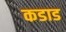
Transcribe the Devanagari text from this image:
कडाड